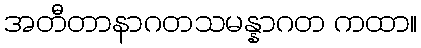
အတီတာနာဂတသမန္နာဂတ ကထာ။